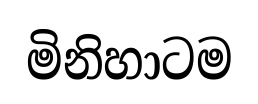
මිනිහාටම